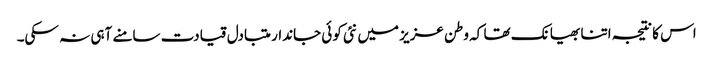
اس کا نتیجہ اتنا بھیانک تھا کہ وطن عزیز میں نئی کوئی جاندار متبادل قیادت سامنے آہی نہ سکی۔